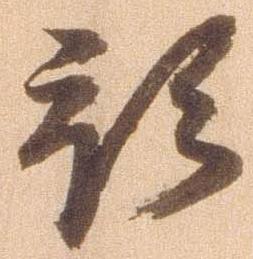
預